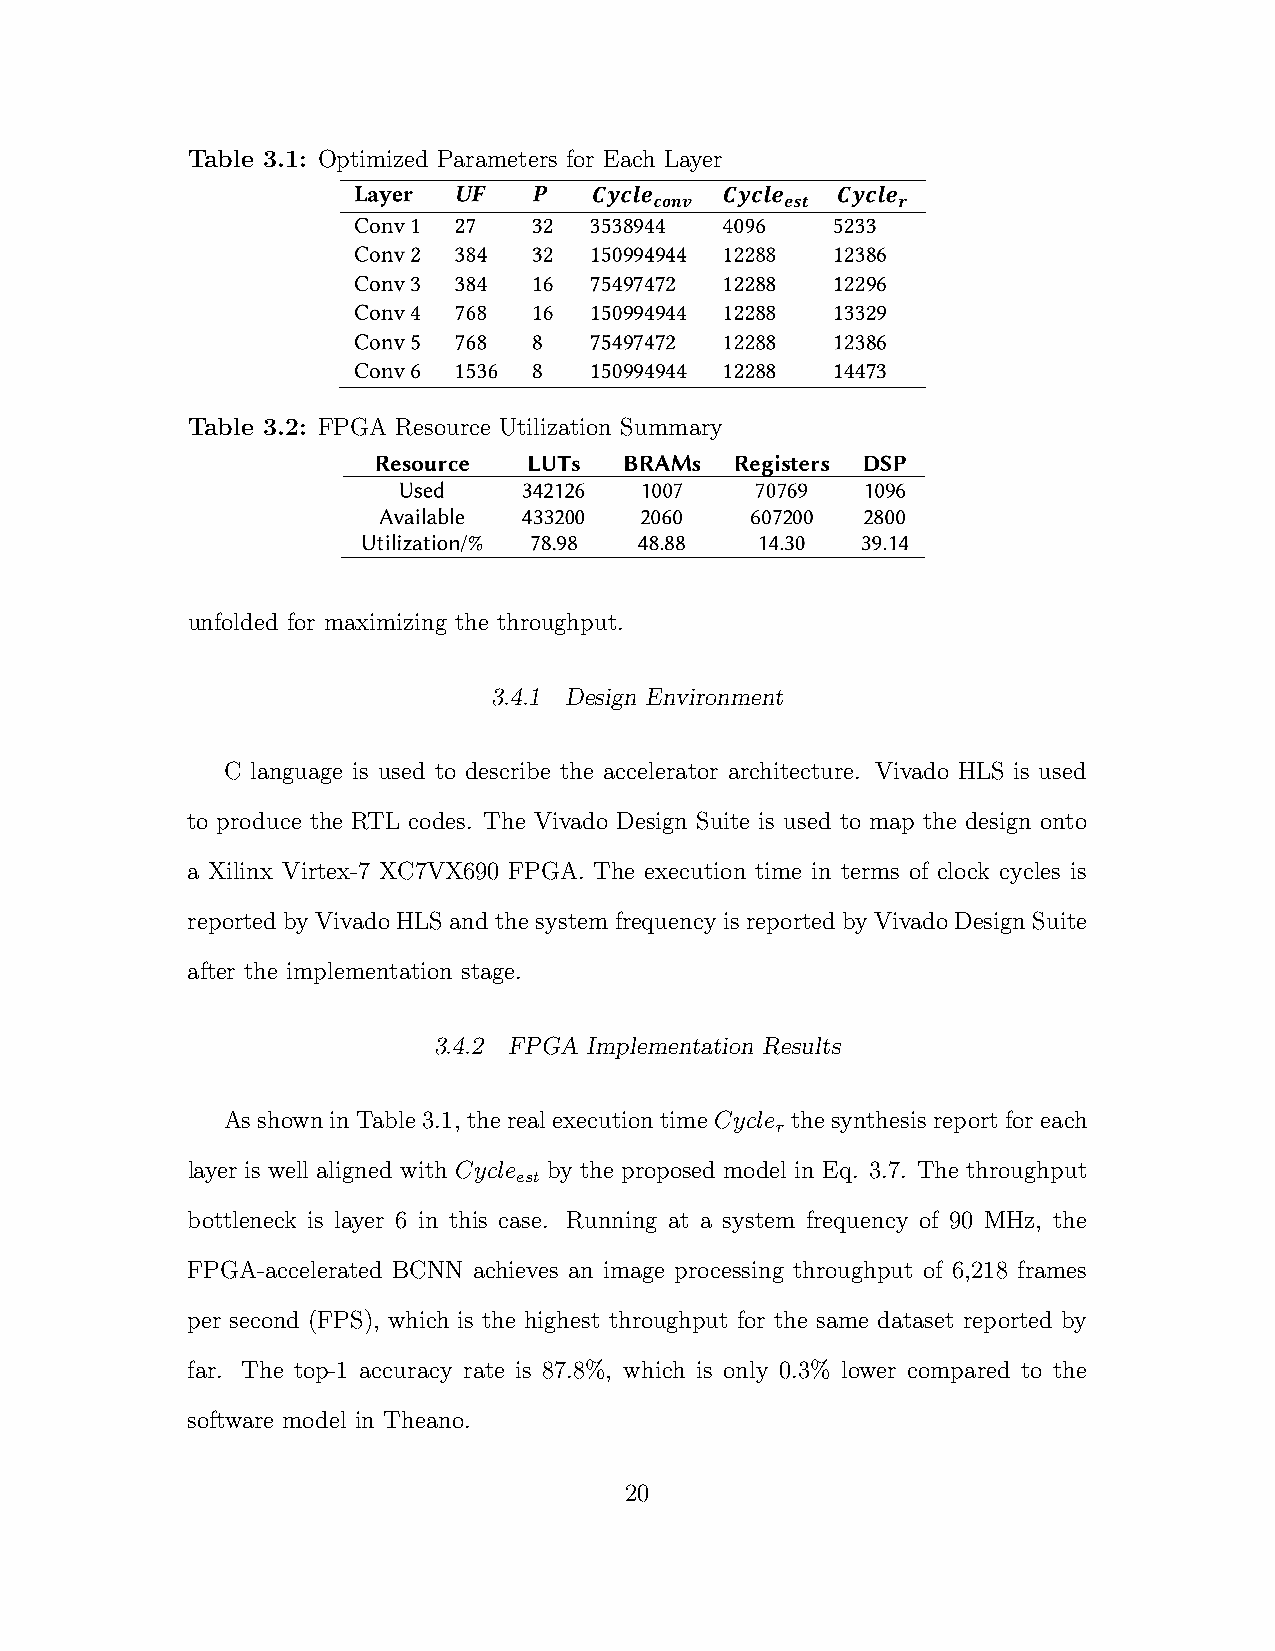
Table 3.1: Optimized Parameters for Each Layer
 Table 3.2: FPGA Resource Utilization Summary
 unfolded for maximizing the throughput.
 3.4.1 Design Environment
 C language is used to describe the accelerator architecture. Vivado HLS is used
 to produce the RTL codes. The Vivado Design Suite is used to map the design onto
 a Xilinx Virtex-7 XC7VX690 FPGA. The execution time in terms of clock cycles is
 reported by Vivado HLS and the system frequency is reported by Vivado Design Suite
 after the implementation stage.
 3.4.2 FPGA Implementation Results
 As shown in Table 3.1, the real execution time Cycle the synthesis report for each
 r
 layer is well aligned with Cycle by the proposed model in Eq. 3.7. The throughput
 est
 bottleneck is layer 6 in this case. Running at a system frequency of 90 MHz, the
 FPGA-accelerated BCNN achieves an image processing throughput of 6,218 frames
 per second (FPS), which is the highest throughput for the same dataset reported by
 far. The top-1 accuracy rate is 87.8%, which is only 0.3% lower compared to the
 software model in Theano.
 20